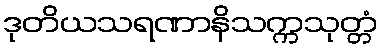
ဒုတိယသရဏာနိသက္ကသုတ္တံ